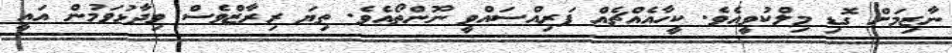
ނާޒިމަށް ގޮޑި މިލްކުވީއެވެ. ކީހާއެއްޗެއް ފަރިއްސައްވީ ނޫންތޯއެވެ. ތިޔަ ރިރާޒްވެސް ވިދާޅުވަމުން އައީ